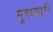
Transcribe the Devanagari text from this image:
मुग्धकारी